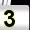
Digit: 3